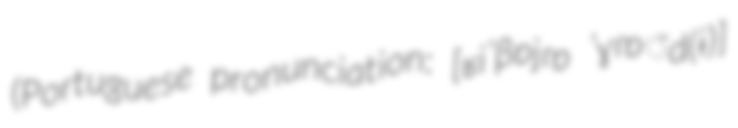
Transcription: (Portuguese pronunciation: [ʁiˈβɐjɾɐ ˈɣɾɐ̃d(ɨ)]